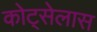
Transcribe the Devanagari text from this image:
कोट्सेलास